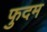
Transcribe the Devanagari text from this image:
फुदम